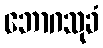
ဘောဂသုခံ